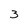
Character: 3